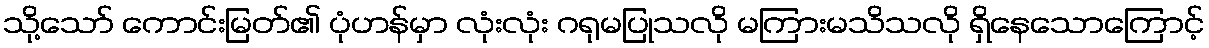
သို့သော် ကောင်းမြတ်၏ ပုံဟန်မှာ လုံးလုံး ဂရုမပြုသလို မကြားမသိသလို ရှိနေသောကြောင့်